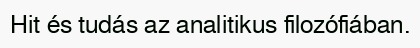
Hit és tudás az analitikus filozófiában.